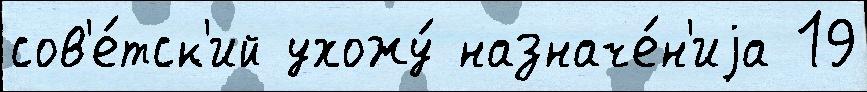
сов'е́тск'ий ухожу́ назначе́н'иjа 19